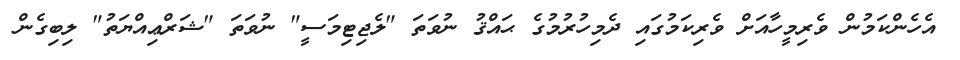
އެހެންކަމުން ވެރިމީހާއަށް ވެރިކަމުގައި ދެމިހުރުމުގެ ޙައްޤު ނުވަތަ "ލެޖިޓިމަސީ" ނުވަތަ "ޝަރްޢިއްޔަތު" ލިބިގެން